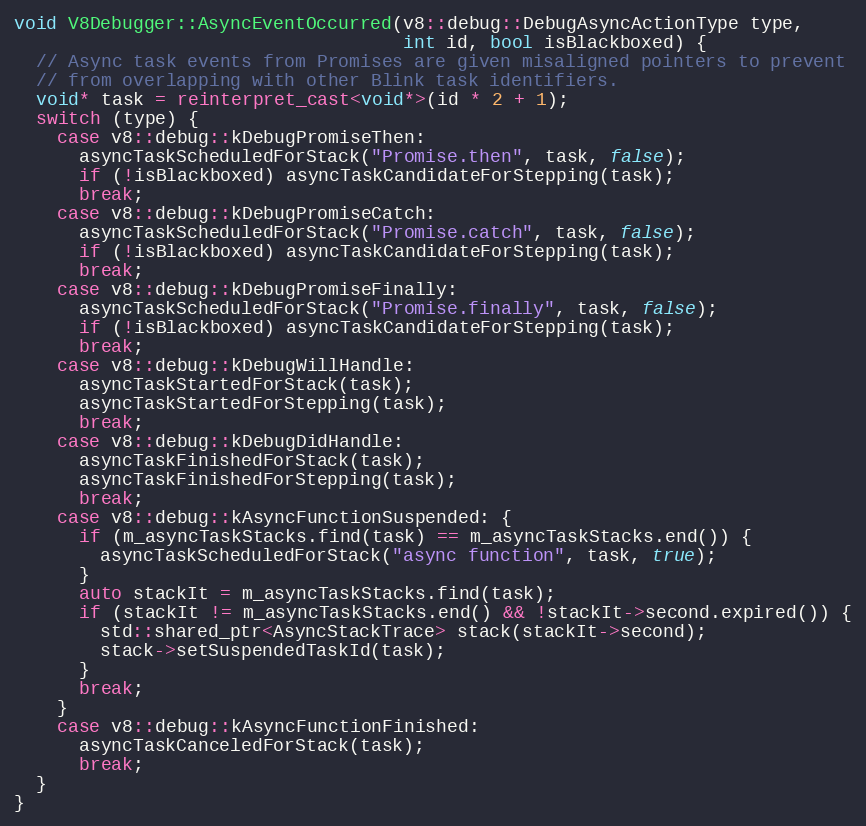
Language: C++
void V8Debugger::AsyncEventOccurred(v8::debug::DebugAsyncActionType type,
                                    int id, bool isBlackboxed) {
  // Async task events from Promises are given misaligned pointers to prevent
  // from overlapping with other Blink task identifiers.
  void* task = reinterpret_cast<void*>(id * 2 + 1);
  switch (type) {
    case v8::debug::kDebugPromiseThen:
      asyncTaskScheduledForStack("Promise.then", task, false);
      if (!isBlackboxed) asyncTaskCandidateForStepping(task);
      break;
    case v8::debug::kDebugPromiseCatch:
      asyncTaskScheduledForStack("Promise.catch", task, false);
      if (!isBlackboxed) asyncTaskCandidateForStepping(task);
      break;
    case v8::debug::kDebugPromiseFinally:
      asyncTaskScheduledForStack("Promise.finally", task, false);
      if (!isBlackboxed) asyncTaskCandidateForStepping(task);
      break;
    case v8::debug::kDebugWillHandle:
      asyncTaskStartedForStack(task);
      asyncTaskStartedForStepping(task);
      break;
    case v8::debug::kDebugDidHandle:
      asyncTaskFinishedForStack(task);
      asyncTaskFinishedForStepping(task);
      break;
    case v8::debug::kAsyncFunctionSuspended: {
      if (m_asyncTaskStacks.find(task) == m_asyncTaskStacks.end()) {
        asyncTaskScheduledForStack("async function", task, true);
      }
      auto stackIt = m_asyncTaskStacks.find(task);
      if (stackIt != m_asyncTaskStacks.end() && !stackIt->second.expired()) {
        std::shared_ptr<AsyncStackTrace> stack(stackIt->second);
        stack->setSuspendedTaskId(task);
      }
      break;
    }
    case v8::debug::kAsyncFunctionFinished:
      asyncTaskCanceledForStack(task);
      break;
  }
}